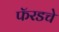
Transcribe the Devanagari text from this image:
फॅरडचे